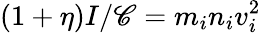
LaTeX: (1+\eta)I/\mathscr{C}=m_{i}n_{i}v_{i}^{2}